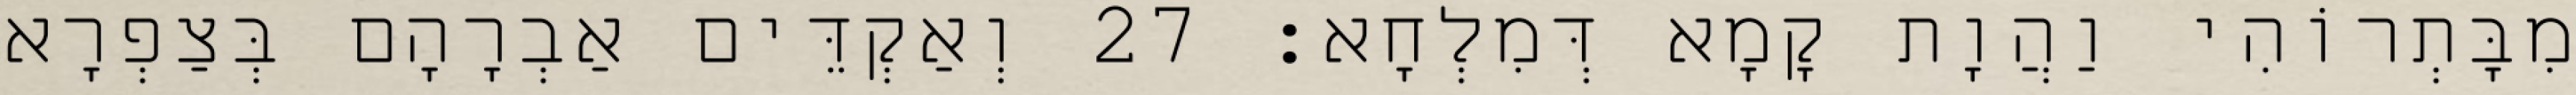
מִבָּתְרוֹהִי וַהֲוָת קָמָא דְּמִלְחָא׃ 27 וְאַקְדֵּים אַבְרָהָם בְּצַפְרָא